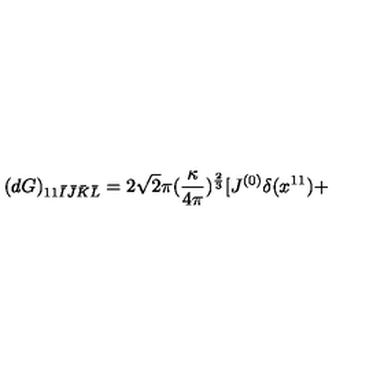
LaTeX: ( d G ) _ { 1 1 \bar { I } \bar { J } \bar { K } \bar { L } } = 2 \sqrt { 2 } \pi ( \frac { \kappa } { 4 \pi } ) ^ { \frac { 2 } { 3 } } [ J ^ { ( 0 ) } \delta ( x ^ { 1 1 } ) +